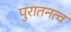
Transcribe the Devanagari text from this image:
पुरातनत्व